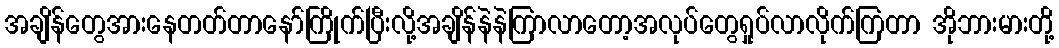
အချိန်တွေအားနေတတ်တာနော်ကြိုက်ပြီးလို့အချိန်နဲနဲကြာလာတော့အလုပ်တွေရှုပ်လာလိုက်ကြတာ အိုဘားမားတို့